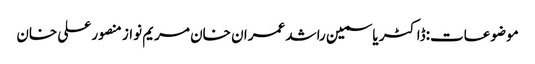
موضوعات:ڈاکٹر یاسمین راشد عمران خان مریم نواز منصور علی خان